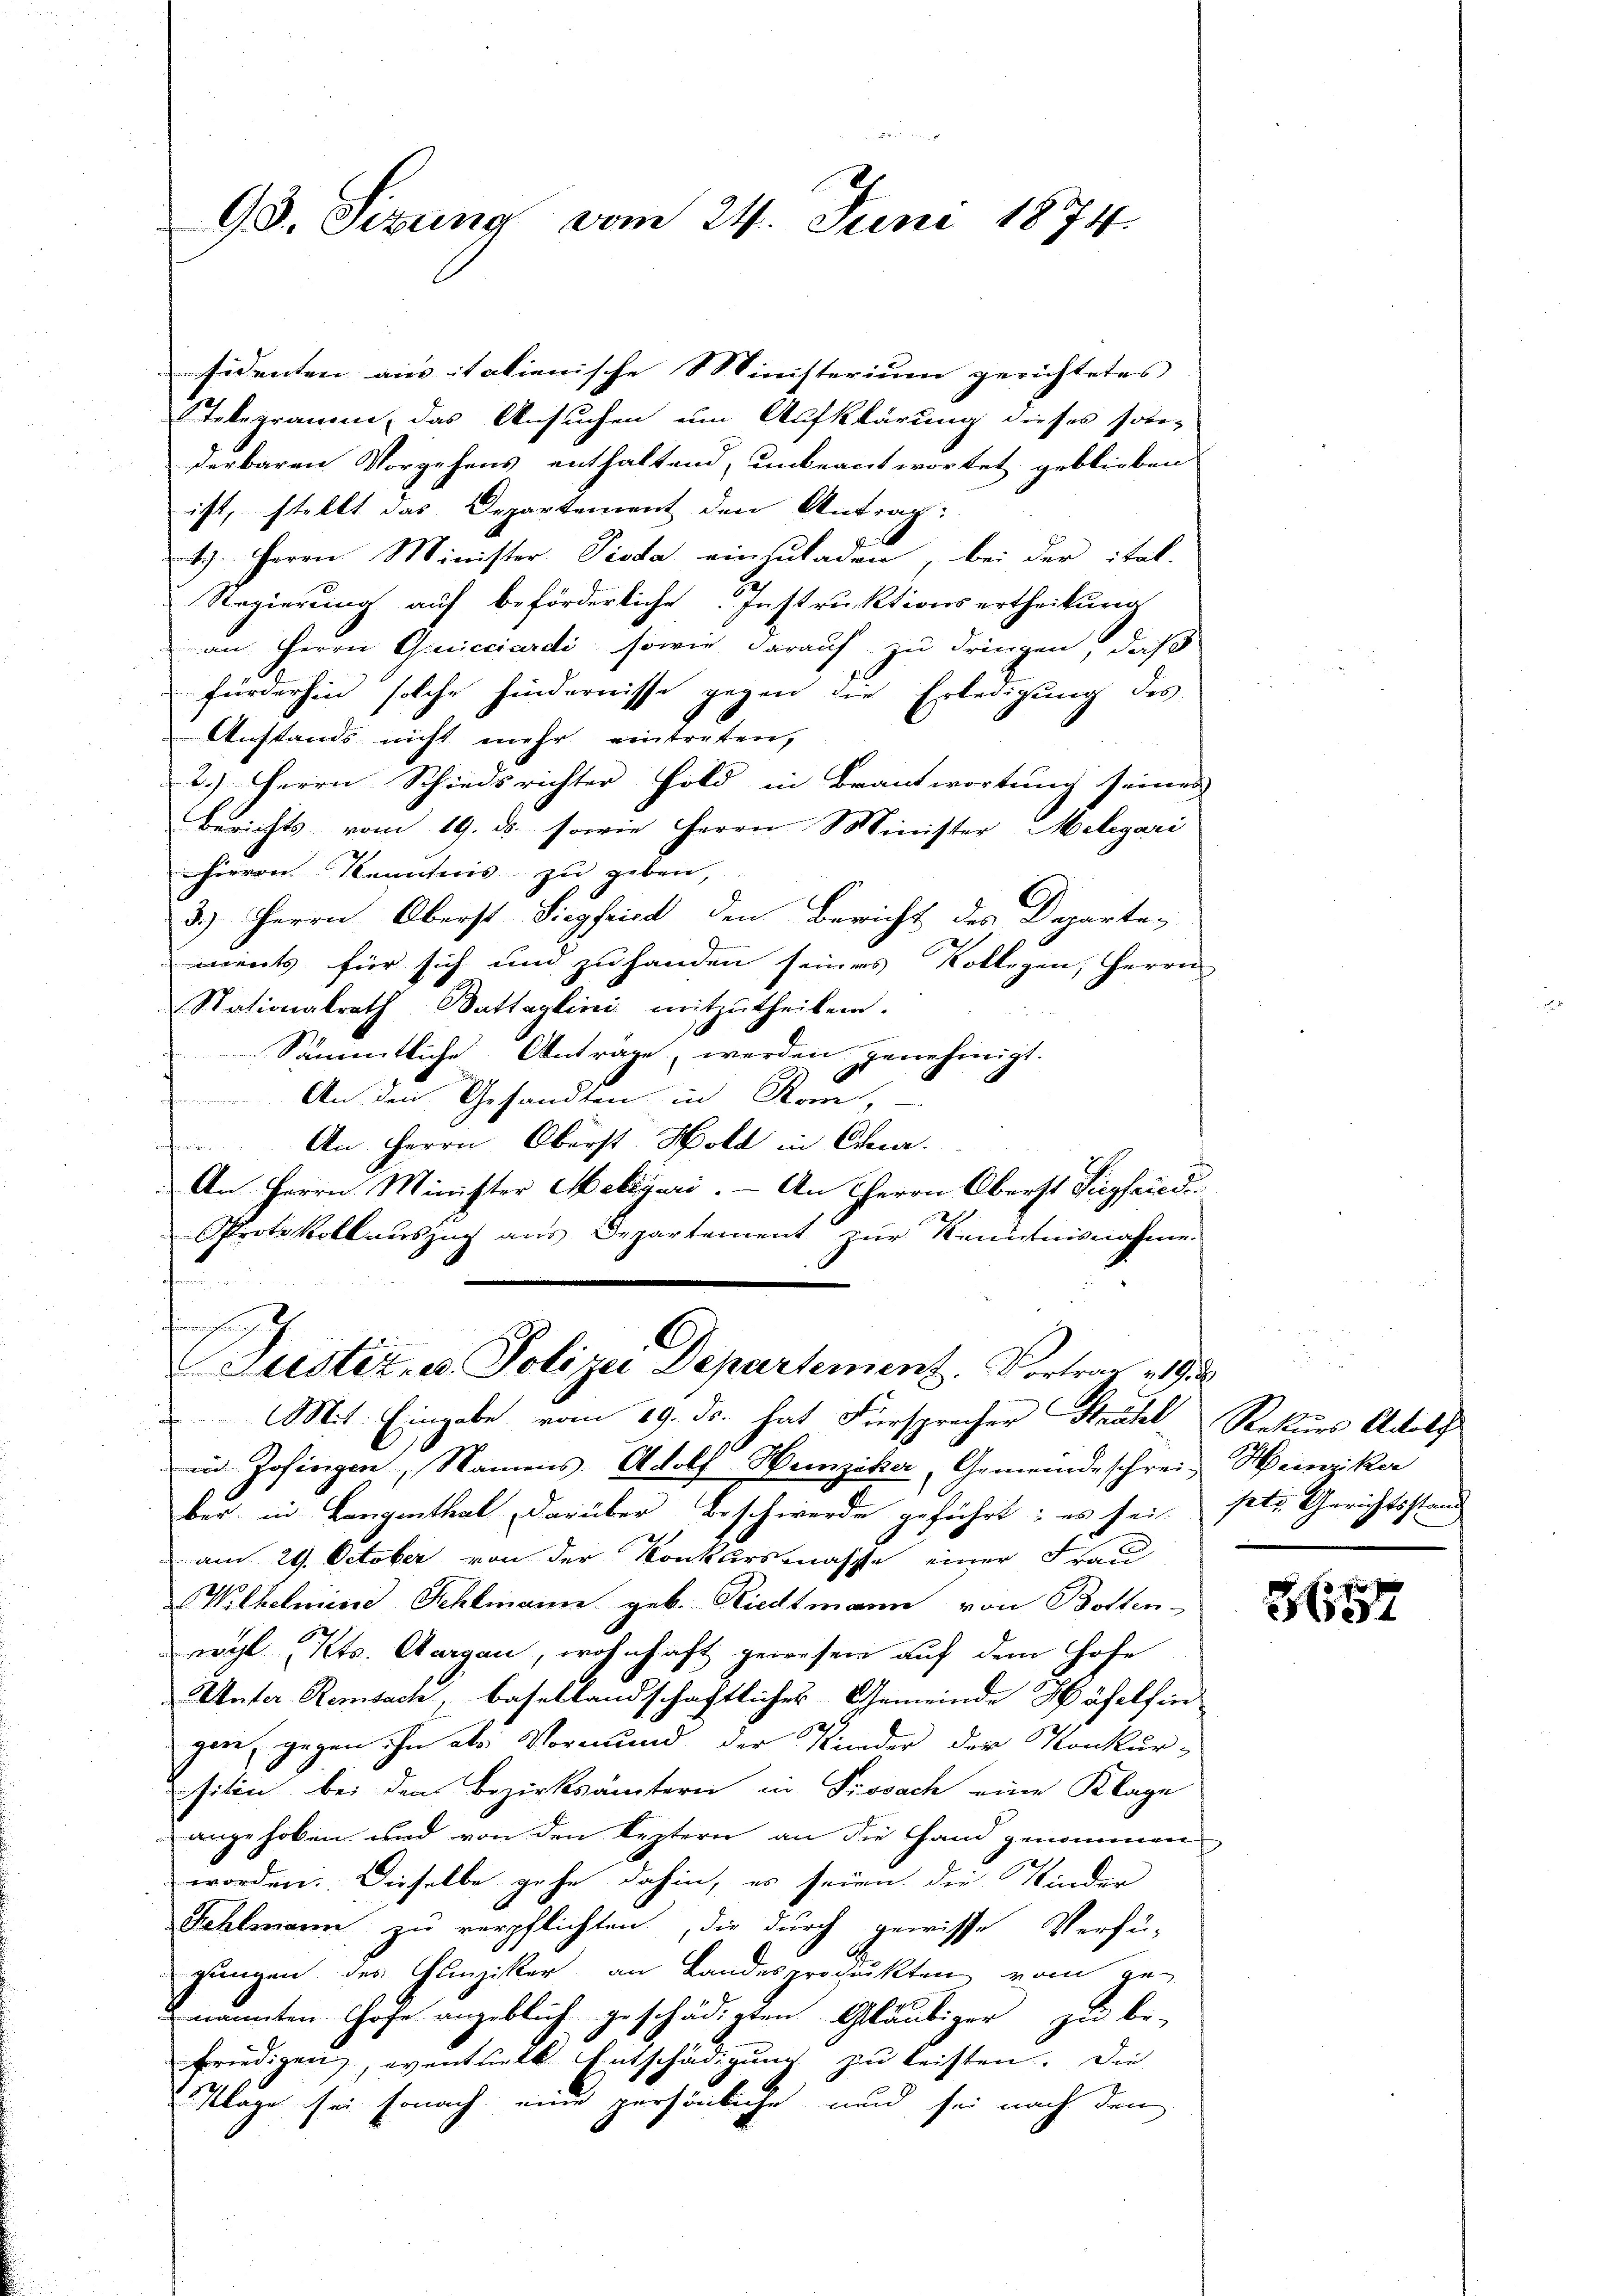
93. Sizung vom 24. Juni 1874.

sidenten aus italienische Ministerium gerichtetes
Telegramm, das Ansuchen um Aufklärung dieses son-
derbaren Vorgehens enthaltend, unbeantwortet geblieben
ist, stellt das Departement den Antrag:
4.) Herrn Minister. Pista einzuladen, bei der ital-
Regierung auf beförderliche Instruktionsertheilung
an Herrn Quicciardi, sowie darauf zu dringen, daß
fürderhin solche hindernisse gegen die Erledigung des
Anstands nicht mehr eintreten,
2.) Herrn Schiedsrichter Fold in Beantwortung seines
Berichts vom 19. ds. sowie Herrn Minister Melegari
hievon Kenntnis zu geben,
3.) Herrn Oberst Siegfrist den Bericht des Departements für sich und zu handen seines Kollegen, Herrn
Stationalrath Battaglini mitzutheilen.
Sämmtliche Anträge, werden genehmigt.
An den Gesandten in Rom,
f
An Herrn Oberst Hold in Char
de
An Herrn Minister Meligari. — An Herrn Oberst Siegfriede
Protokollauszug aus Departement zur Kenntnisnahme.
fermeistung
Justiz, u. Polizei Departement. Vortrag 319. 2
Mit. Eingabe vom 19. ds. hat Fürspracher Strahel, Rekurs Adolf
in Zofingen, Namens. Adolf Heinziker, Gemeindeschrei Heinziker
ber in Langenthal darüber Beschwerde geführt: es sei, ptr. Gerichtsstand
am 29. October von der Konkursmasse einer Frau
Wilhelmine Schlmann geb. Riedtmann von Botten-
wyl Kts. Aargau, wohnhaft gewesen auf dem Hofe
UUnter Remsach, basellandschaftlicher Gemeinde Häfelsin
gen, gegen ihn als Vormund der Kinder der Konkur-
siten bei den Bezirksämtern in Prosach eine Klage
angehoben und von den leztern an die Hand genommen
worden: Dieselbe gehe dahin, es seien die Kinder
Fehlmann zu verpflichten, die durch gewisse Verfü-
gungen des Hunziker an Landesprochickten vom ge-
nannten Hofe angeblich geschädigten Gläubiger zu be-
friedigen, eventuell Entschädigung zu leisten. Die
Klage sei sonach eine persönliche und sei nach den

H51